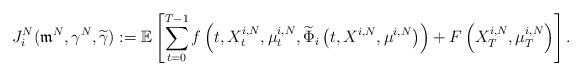
LaTeX: \begin{align*}J_i^N(\mathfrak{m}^N, \gamma^N, \widetilde\gamma ):= \mathbb{E}\left[ \sum_{t=0}^{T-1} f \left(t,X^{i,N}_t,\mu^{i,N}_t,\widetilde{ \Phi}_i\left(t,X^{i,N},\mu^{i,N}\right)\right) +F\left(X^{i,N}_T,\mu^{i,N}_T\right) \right].\end{align*}